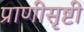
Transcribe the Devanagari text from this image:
प्राणीसृष्टी